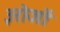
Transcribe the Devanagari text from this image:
३रोजों